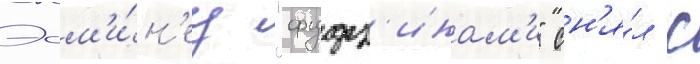
Эсм'и́н'ец "фудз'инам'и" сн'я́л с